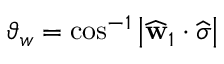
\vartheta _ { w } = \cos ^ { - 1 } \left| \widehat { \mathbf { w } } _ { 1 } \cdot \widehat { \boldsymbol { \sigma } } \right|